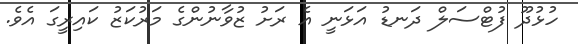
ހުޅުދޫ ފުޓްސަލް ދަނޑު އަޅަނީ އެ ރަށު ޒުވާނުންގެ މަރުކަޒު ކައިރީގަ އެވެ.